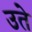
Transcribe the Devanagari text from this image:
उते